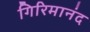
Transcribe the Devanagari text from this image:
गिरिमानंद